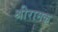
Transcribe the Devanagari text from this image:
श्रीरामक